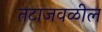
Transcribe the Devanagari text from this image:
तटाजवळील